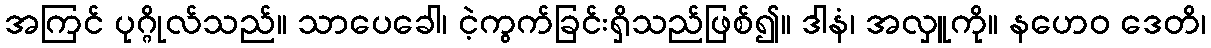
အကြင် ပုဂ္ဂိုလ်သည်။ သာပေခေါ၊ ငဲ့ကွက်ခြင်းရှိသည်ဖြစ်၍။ ဒါနံ၊ အလှူကို။ နဟေဝ ဒေတိ၊